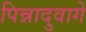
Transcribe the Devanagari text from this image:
पिन्नादुवागे